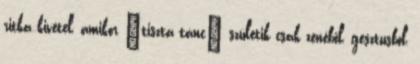
ritka kivétel, amikor "tiszta tánc" születik csak zenéből, gesztusból,